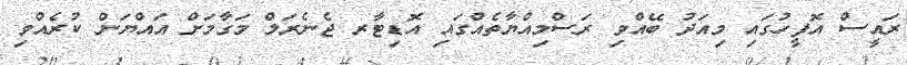
ރައީސް އޮފީހުގައި މިއަދު ބޭއްވި ރަސްމިއްޔާތެއްގައި އޮޑިޓާރ ޖެނެރަލް މަގާމަށް އައްޔަން ކުރެއްވި